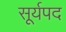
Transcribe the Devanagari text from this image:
सूर्यपद